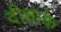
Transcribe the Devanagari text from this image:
दीक्षाके